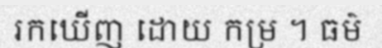
រកឃើញ ដោយ កម្រ ។ ធម៌